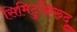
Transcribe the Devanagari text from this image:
सिमिटुकिरुदु